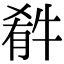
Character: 𤚁